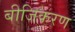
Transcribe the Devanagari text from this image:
बीजिकरण